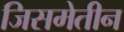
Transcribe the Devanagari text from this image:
जिसमेतीन